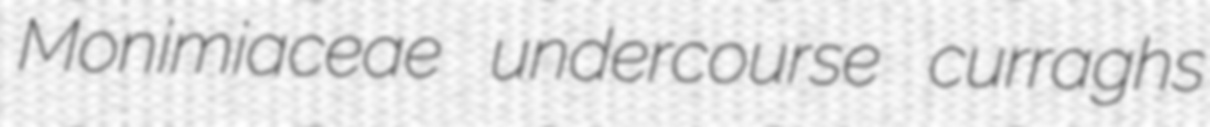
Monimiaceae undercourse curraghs